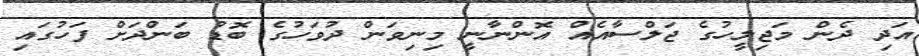
އަދި ދެން މަޖިލީހުގެ ޖަލްސާއެއް އޮންނާނީ މިނިވަން ދުވަހުގެ ބޮޑު ބަންދަށް ފަހުގައި